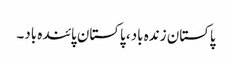
پاکستان زندہ باد، پاکستان پائندہ باد۔